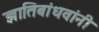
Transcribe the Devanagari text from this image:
ज्ञातिबांधवांनी